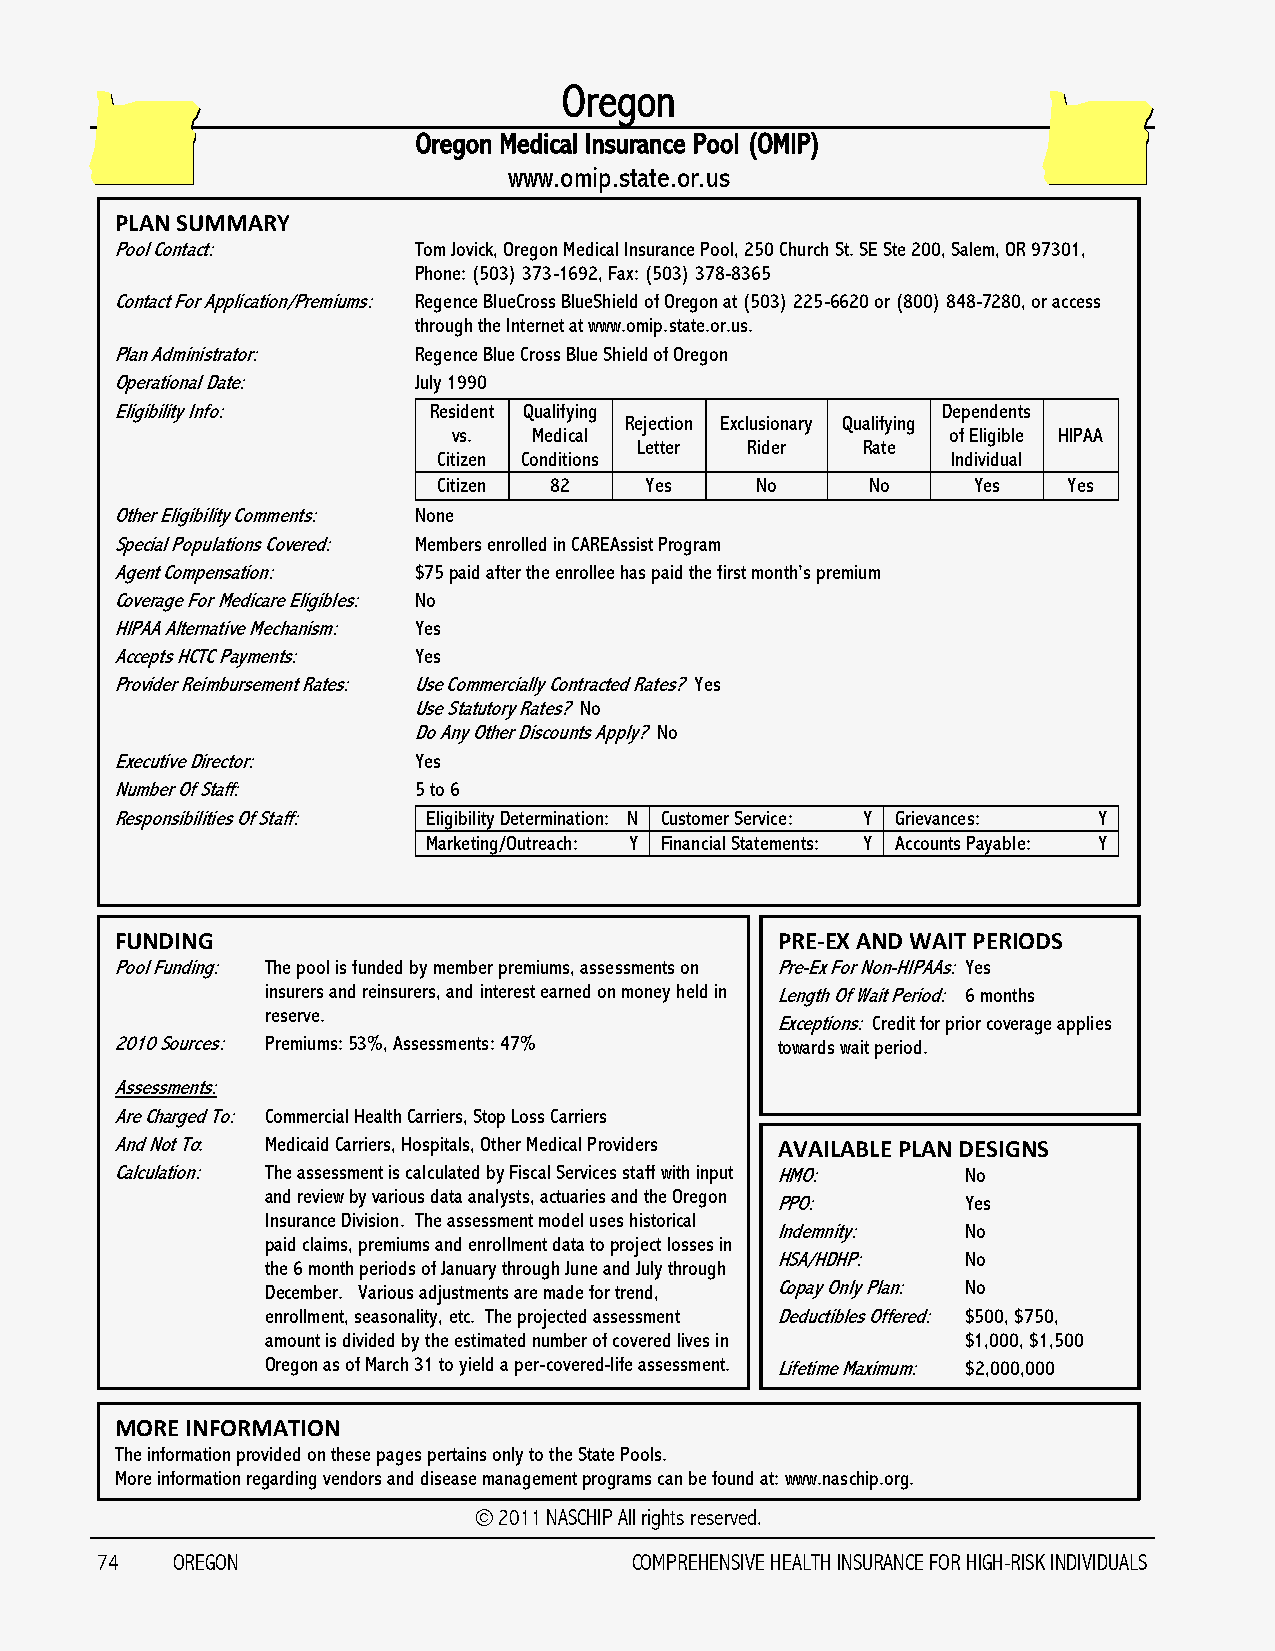
Oregon
 Oregon Medical Insurance Pool (OMIP)
 www.omip.state.or.us
 PLAN SUMMARY
 Pool Contact:      Tom Jovick, Oregon Medical Insurance Pool, 250 Church St. SE Ste 200, Salem, OR 97301,
 Phone: (503) 373-1692, Fax: (503) 378-8365
 Contact For Application/Premiums: Regence BlueCross BlueShield of Oregon at (503) 225-6620 or (800) 848-7280, or access
 through the Internet at www.omip.state.or.us.
 Plan Administrator: Regence Blue Cross Blue Shield of Oregon
 Operational Date:  July 1990
 Eligibility Info:   Resident Qualifying               Dependents
 Rejection Exclusionary Qualifying
 vs.  Medical                     of Eligible HIPAA
 Letter Rider   Rate
 Citizen Conditions                Individual
 Citizen 82    Yes    No      No    Yes    Yes
 Other Eligibility Comments: None
 Special Populations Covered: Members enrolled in CAREAssist Program
 Agent Compensation: $75 paid after the enrollee has paid the first month‟s premium
 Coverage For Medicare Eligibles: No
 HIPAA Alternative Mechanism: Yes
 Accepts HCTC Payments: Yes
 Provider Reimbursement Rates: Use Commercially Contracted Rates? Yes
 Use Statutory Rates? No
 Do Any Other Discounts Apply? No
 Executive Director: Yes
 Number Of Staff:   5 to 6
 Responsibilities Of Staff: Eligibility Determination: N Customer Service: Y Grievances: Y
 Marketing/Outreach: Y Financial Statements: Y Accounts Payable: Y
 FUNDING                                    PRE-EX AND WAIT PERIODS
 Pool Funding: The pool is funded by member premiums, assessments on Pre-Ex For Non-HIPAAs: Yes
 insurers and reinsurers, and interest earned on money held in Length Of Wait Period: 6 months
 reserve.
 Exceptions: Credit for prior coverage applies
 2010 Sources: Premiums: 53%, Assessments: 47% towards wait period.
 Assessments:
 Are Charged To: Commercial Health Carriers, Stop Loss Carriers
 And Not To: Medicaid Carriers, Hospitals, Other Medical Providers AVAILABLE PLAN DESIGNS
 Calculation: The assessment is calculated by Fiscal Services staff with input HMO: No
 and review by various data analysts, actuaries and the Oregon
 PPO:         Yes
 Insurance Division. The assessment model uses historical
 Indemnity:   No
 paid claims, premiums and enrollment data to project losses in
 HSA/HDHP:    No
 the 6 month periods of January through June and July through
 December. Various adjustments are made for trend, Copay Only Plan: No
 enrollment, seasonality, etc. The projected assessment Deductibles Offered: $500, $750,
 amount is divided by the estimated number of covered lives in $1,000, $1,500
 Oregon as of March 31 to yield a per-covered-life assessment. Lifetime Maximum: $2,000,000
 MORE INFORMATION
 The information provided on these pages pertains only to the State Pools.
 More information regarding vendors and disease management programs can be found at: www.naschip.org.
 © 2011 NASCHIP All rights reserved.
 74   OREGON                         COMPREHENSIVE HEALTH INSURANCE FOR HIGH-RISK INDIVIDUALS